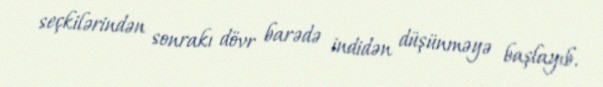
seçkilərindən sonrakı dövr barədə indidən düşünməyə başlayıb.